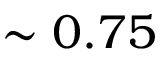
\sim 0 . 7 5